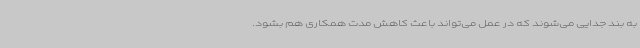
به بند جدایی می‌شوند که در عمل می‌تواند باعث کاهش مدت همکاری هم بشود.